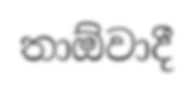
තාඕවාදී